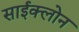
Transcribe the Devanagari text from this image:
साईक्लोन